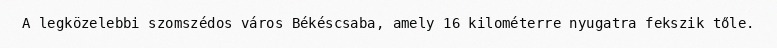
A legközelebbi szomszédos város Békéscsaba, amely 16 kilométerre nyugatra fekszik tőle.